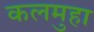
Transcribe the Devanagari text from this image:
कलमुहा